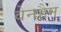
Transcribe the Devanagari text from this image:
वेनहैम